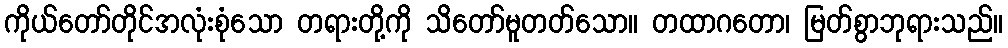
ကိုယ်တော်တိုင်အလုံးစုံသော တရားတို့ကို သိတော်မူတတ်သော။ တထာဂတော၊ မြတ်စွာဘုရားသည်။